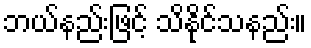
ဘယ်နည်းဖြင့် သိနိုင်သနည်း။